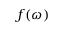
f ( \omega )